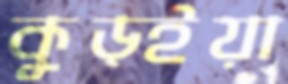
কুড্ইয়া